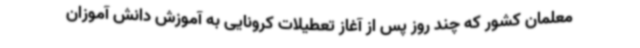
معلمان کشور که چند روز پس از آغاز تعطیلات کرونایی به آموزش دانش آموزان